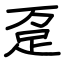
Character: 趸